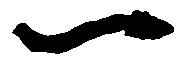
一